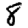
Digit: 8